Report on the bubonic plague in Bombay, 1896-1897
Year: 1896
Disease focus: Plague
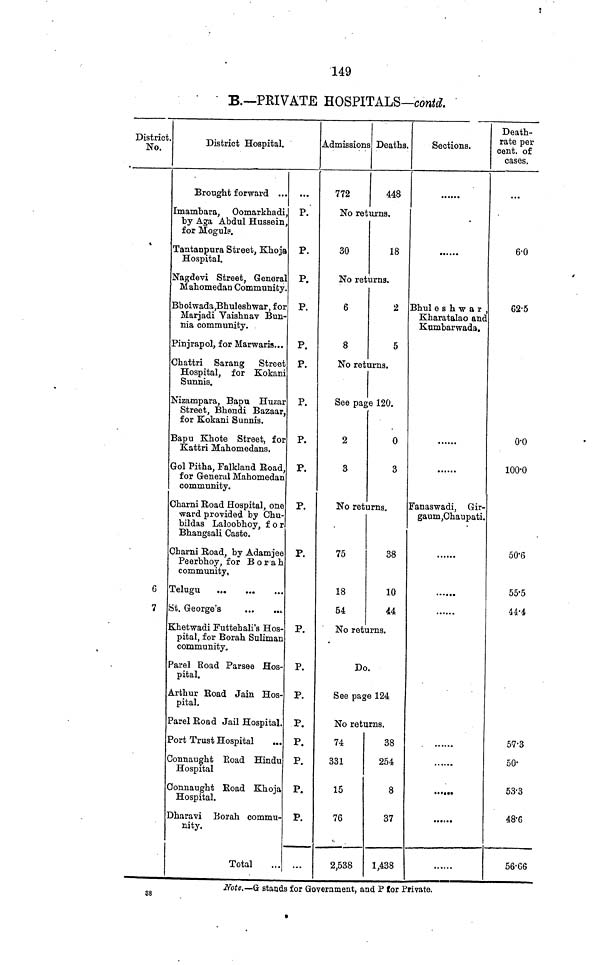
149
B.—PRIVATE HOSPITALS—contó.
District.
No.
6
7
District Hospital.
Brought forward ...
Imambara, Oomarkhadi,
by Aga Abdul Hussein,
for Moguls.
Tantanpura Street, Khoja
Hospital.
Nagdevi Street, General
Mahomedan Community.
Bhoiwada,Bhuleshwar, for
Marjadi Vaishnav Bun-
nia community.
Pinjrapol, for Marwaris...
Ghattri Sarang Street
Hospital, for Kokani
Sunnis.
Nizampara, Bapu Huzar
Street, Bhendi Bazaar,
for Kokani Sunnis.
Bapu Khote Street, for
Kattri Mahomedans.
Gol Pitha, Falkland Road,
for General Mabomedan
community.
Gharni Road Hospital, one
ward provided by Chu-
bildas Laloobhoy, for
Bhangsali Caste.
Charni Road, by Adamjee
Peerbhoy, for Borah
community,
Telugu
St. George's
...
...
Khetwadi Futtehali's Hos-
pital, for Borah Suliman
community.
Parel Road Parsee Hos-
pital.
Arthur Road Jain Hos-
pital.
Parel Road Jail Hospital
Port Trust Hospital
Connaught Road Hindu
Hospital
Connaught Road Khoja
Hospital.
Dharavi Borah commu-
nity.
Total
·· ·
P.
P.
P.
P.
P.
P.
P.
P.
P.
P.
P.
P.
P.
P.
P.
P.
P.
P.
P.
...
Admissions
772
No reti
30
No reti
6
8
No reti
See pag
2
3
No reti
75
18
54
No ret
D
See pag
No ret
74
331
15
76
2,538
Deaths.
448
urns.
18
urns.
2
5
irns.
e 120.
0
3
urns.
38
10
44
urns.
124
urns.
38
254
8
37
1,438
Sections.
...·..
......
Bhuleshwar,
Kharatalao and
Kumbarwada.
......
Fanaswadi, Gir-
gaum,Chaupati.
......
··««·«
.··..·
Death-
rate per
cent. of
cases.
...
6.0
62.5
ο·ο
100.0
50.6
55.5
44.4
57.3
50.
53.3
48.6
56.66
38
Note.—G stands for Government, and P tor Private.